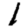
Digit: 1